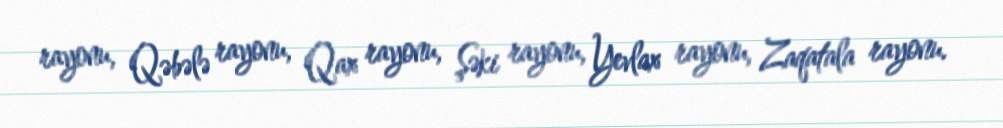
rayonu, Qəbələ rayonu, Qax rayonu, Şəki rayonu, Yevlax rayonu, Zaqatala rayonu.